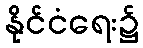
နိုင်ငံရေး၌